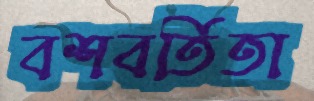
বশবর্তিতা